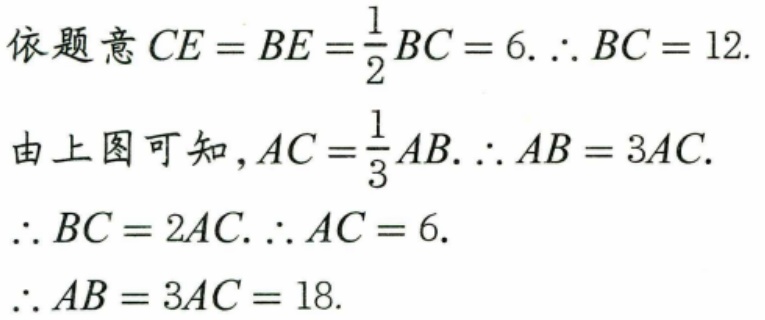
依题意\(CE = BE=\frac{1}{2}BC = 6.\therefore BC = 12\).
由上图可知，\(AC=\frac{1}{3}AB.\therefore AB = 3AC\).
\(\therefore BC = 2AC.\therefore AC = 6\).
\(\therefore AB = 3AC = 18\).